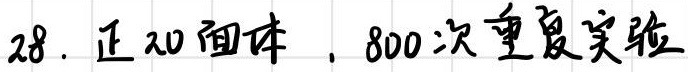
正20面体，800次重复实验